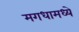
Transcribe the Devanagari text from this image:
मगधामध्ये